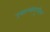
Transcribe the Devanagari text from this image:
उचाल्लासुधील